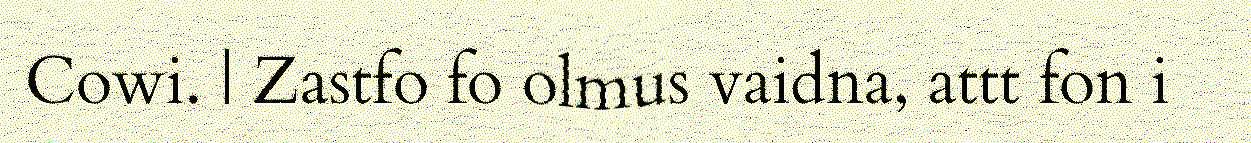
Cowi. | Zastfo fo olmus vaidna, attt fon i